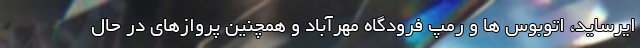
ایرساید، اتوبوس ها و رمپ فرودگاه مهرآباد و همچنین پروازهای در حال